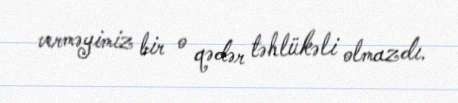
verməyimiz bir o qədər təhlükəli olmazdı.